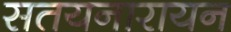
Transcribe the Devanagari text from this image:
सतयनारायन